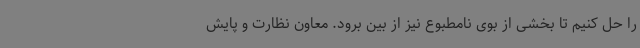
را حل کنیم تا بخشی از بوی نامطبوع نیز از بین برود. معاون نظارت و پایش